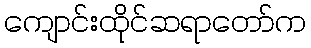
ကျောင်းထိုင်ဆရာတော်က